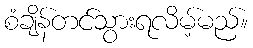
စံချိန်တင်သွားရလိမ့်မည်။